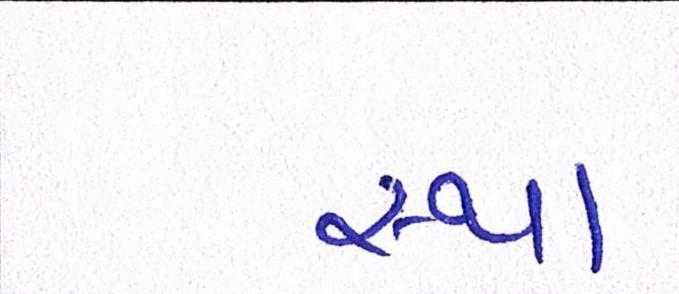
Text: સ્થા